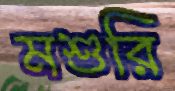
মশুরি